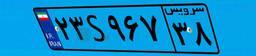
۲۳S۹۶۷۳۸